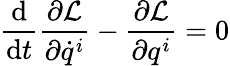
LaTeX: {\frac{\mathrm{d}}{\mathrm{d}t}}{\frac{\partial{\mathcal{L}}}{\partial{\dot{q}}^{i}}}-{\frac{\partial{\mathcal{L}}}{\partial q^{i}}}=0